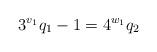
LaTeX: \begin{align*}3^{v_1} q_1 -1 = 4^{w_1} q_2\end{align*}